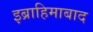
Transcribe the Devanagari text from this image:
इब्राहिमाबाद